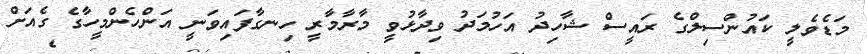
މަޑެވެލީ ކައުންސިލްގެ ރައީސް ޝާހިދު އަހުމަދު ވިދާޅުވީ މާރާމާރީ ހިނގާފައިވަނީ އަންހެންމީހާގެ ގެއަށް